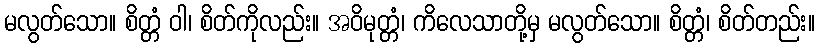
မလွတ်သော။ စိတ္တံ ဝါ၊ စိတ်ကိုလည်း။ အဝိမုတ္တံ၊ ကိလေသာတို့မှ မလွတ်သော။ စိတ္တံ၊ စိတ်တည်း။